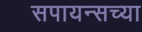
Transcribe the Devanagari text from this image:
सपायन्सच्या